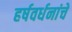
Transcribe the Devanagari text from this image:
हर्षवर्धनांचे